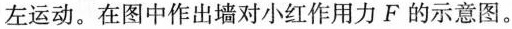
左运动。在图中作出墙对小红作用力F的示意图。